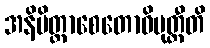
အနိမိတ္တာစေတောဝိမုတ္တီတိ